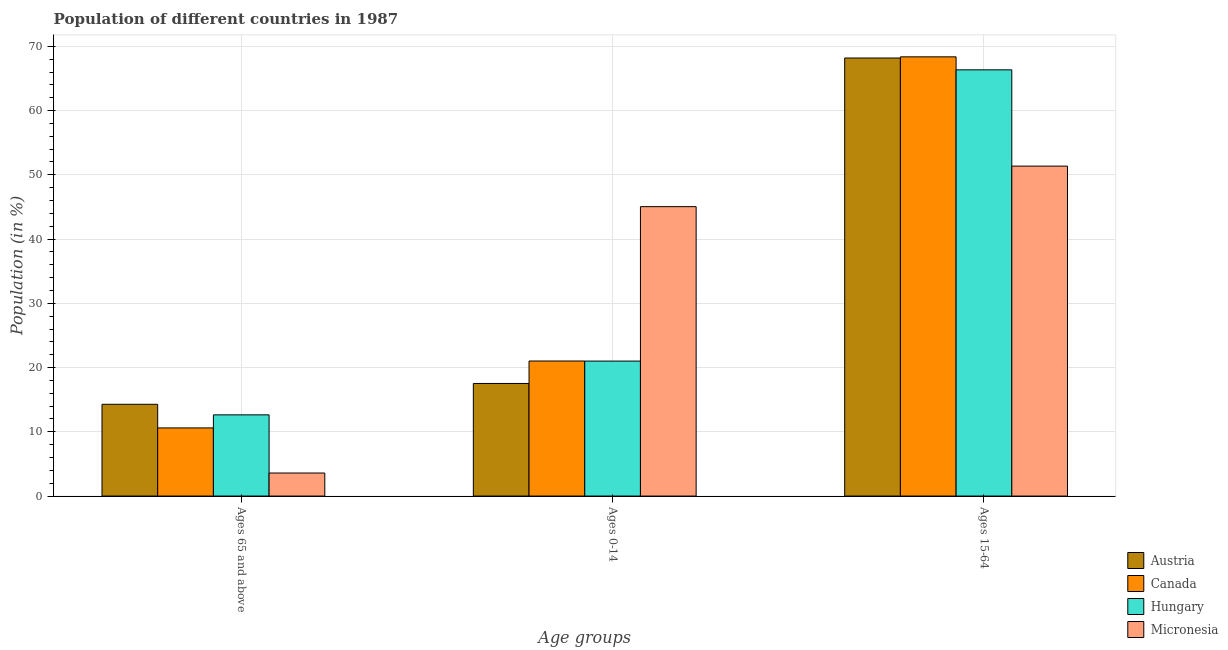
| Age groups | Austria | Canada | Hungary | Micronesia |
 | --- | --- | --- | --- | --- |
 | Ages 65 and above | 14.3 | 10.6 | 12.6 | 3.59 |
 | Ages 0-14 | 17.5 | 21 | 21 | 45.1 |
 | Ages 15-64 | 68.2 | 68.4 | 66.3 | 51.4 |